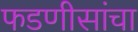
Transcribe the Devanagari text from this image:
फडणीसांचा